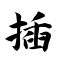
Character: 插